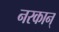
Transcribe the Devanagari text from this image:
नरकान्